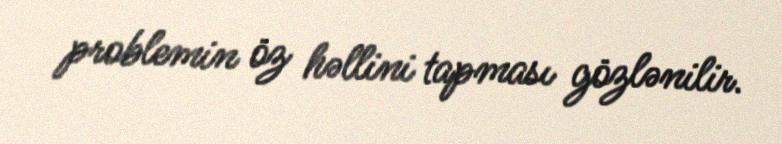
problemin öz həllini tapması gözlənilir.